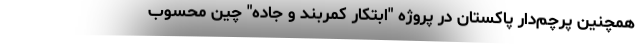
همچنین پرچم‌دار پاکستان در پروژه "ابتکار کمربند و جاده" چین محسوب